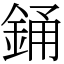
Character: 銿